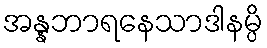
အန္နဘာရနေသာဒါနမ္ပိ